Plague in India, 1896, 1897 - Volume 3
Year: 1896
Disease focus: Plague
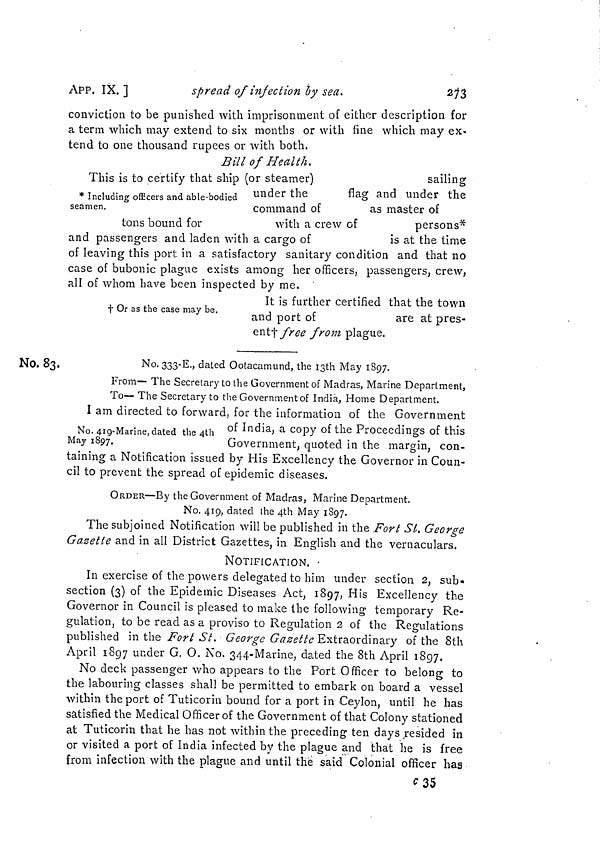
APP. IX. ]
spread of injection by sea.
273
conviction to be punished with imprisonment of either description for
a term which may extend to six months or with fine which may ex-
tend to one thousand rupees or with both.
Bill of Health.
* Including officers and able-bodied
seamen.
This is to certify that ship (or steamer)
sailing
under the
Hag and under the
command of
as master of
with a crew of
persons*
tons bound for
and passengers and laden with a cargo of
is at the time
of leaving this port in a satisfactory sanitary condition and that no
case of bubonic plague exists among her officers, passengers, crew,
all of whom have been inspected by me.
t Or as the case may be.
It is further certified that the town
and port of
are at pres-
ent† free from plague.
No. 83.
No. 333-E., dated Ootacamund, the 13th May 1897.
From— The Secretary to the Government of Madras, Marine Department,
To— The Secretary to the Government of India, Home Department.
No. 419-Marine, dated the 4th
May 1897.
I am directed to forward, for the information of the Government
of India, a copy of the Proceedings of this
Government, quoted in the margin, con-
taining a Notification issued by His Excellency the Governor in Coun-
cil to prevent the spread of epidemic diseases.
ORDER—By the Government of Madras, Marine Department.
No. 419, dated the 4th May 1897.
The subjoined Notification will be published in the Fort Sl. George
Gazette and in all District Gazettes, in English and the vernaculars.
NOTIFICATION. •
In exercise of the powers delegated to him under section 2, sub-
section (3) of the Epidemic Diseases Act, 1897, His Excellency the
Governor in Council is pleased to make the following temporary Re-
gulation, to be read as a proviso to Regulation 2 of the Regulations
published in the Fort St. George Gazette Extraordinary of the 8th
April 1897 under G. O. No. 344-Marine, dated the 8th April 1897.
No deck passenger who appears to the Port Officer to belong to
the labouring classes shall be permitted to embark on board a vessel
within the port of Tuticorin bound for a port in Ceylon, until he has
satisfied the Medical Officer of the Government of that Colony stationed
at Tuticorin that he has not within the preceding- ten days resided in
or visited a port of India infected by the plague and that he is free
from infection with the plague and until the said Colonial officer has
c 35